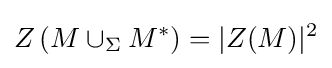
Z\left(M\cup _{\Sigma }M^{*}\right)=|Z(M)|^{2}